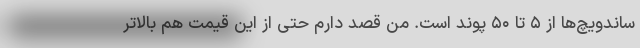
ساندویچ‌ها از ۵ تا ۵۰ پوند است. من قصد دارم حتی از این قیمت هم بالاتر